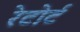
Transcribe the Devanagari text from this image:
रेटोर्ट